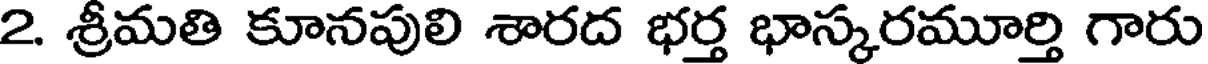
2. శ్రీమతి కూనపులి శారద భర్త భాస్కరమూర్తి గారు